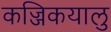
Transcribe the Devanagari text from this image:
कज्जिकयालु